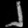
Digit: ၂